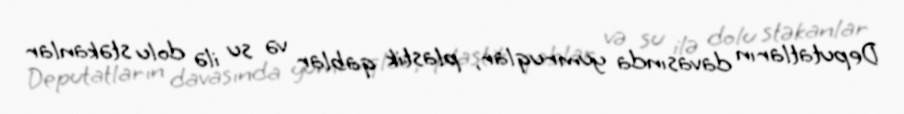
Deputatların davasında yumruqlar, plastik qablar və su ilə dolu stəkanlar